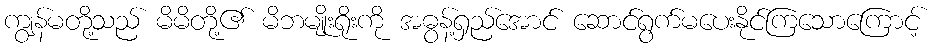
ကျွန်မတို့သည် မိမိတို့၏ မိဘမျိုးရိုးကို အဓွန့်ရှည်အောင် ဆောင်ရွက်မပေးနိုင်ကြသောကြောင့်